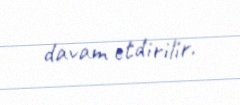
davam etdirilir.